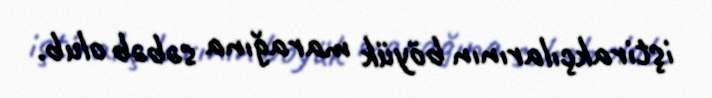
iştirakçılarının böyük marağına səbəb olub.